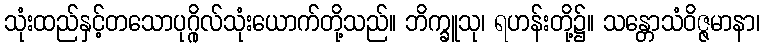
သုံးထည်နှင့်တသောပုဂ္ဂိုလ်သုံးယောက်တို့သည်။ ဘိက္ခူသု၊ ရဟန်းတို့၌။ သန္တောသံဝိဇ္ဇမာနာ၊